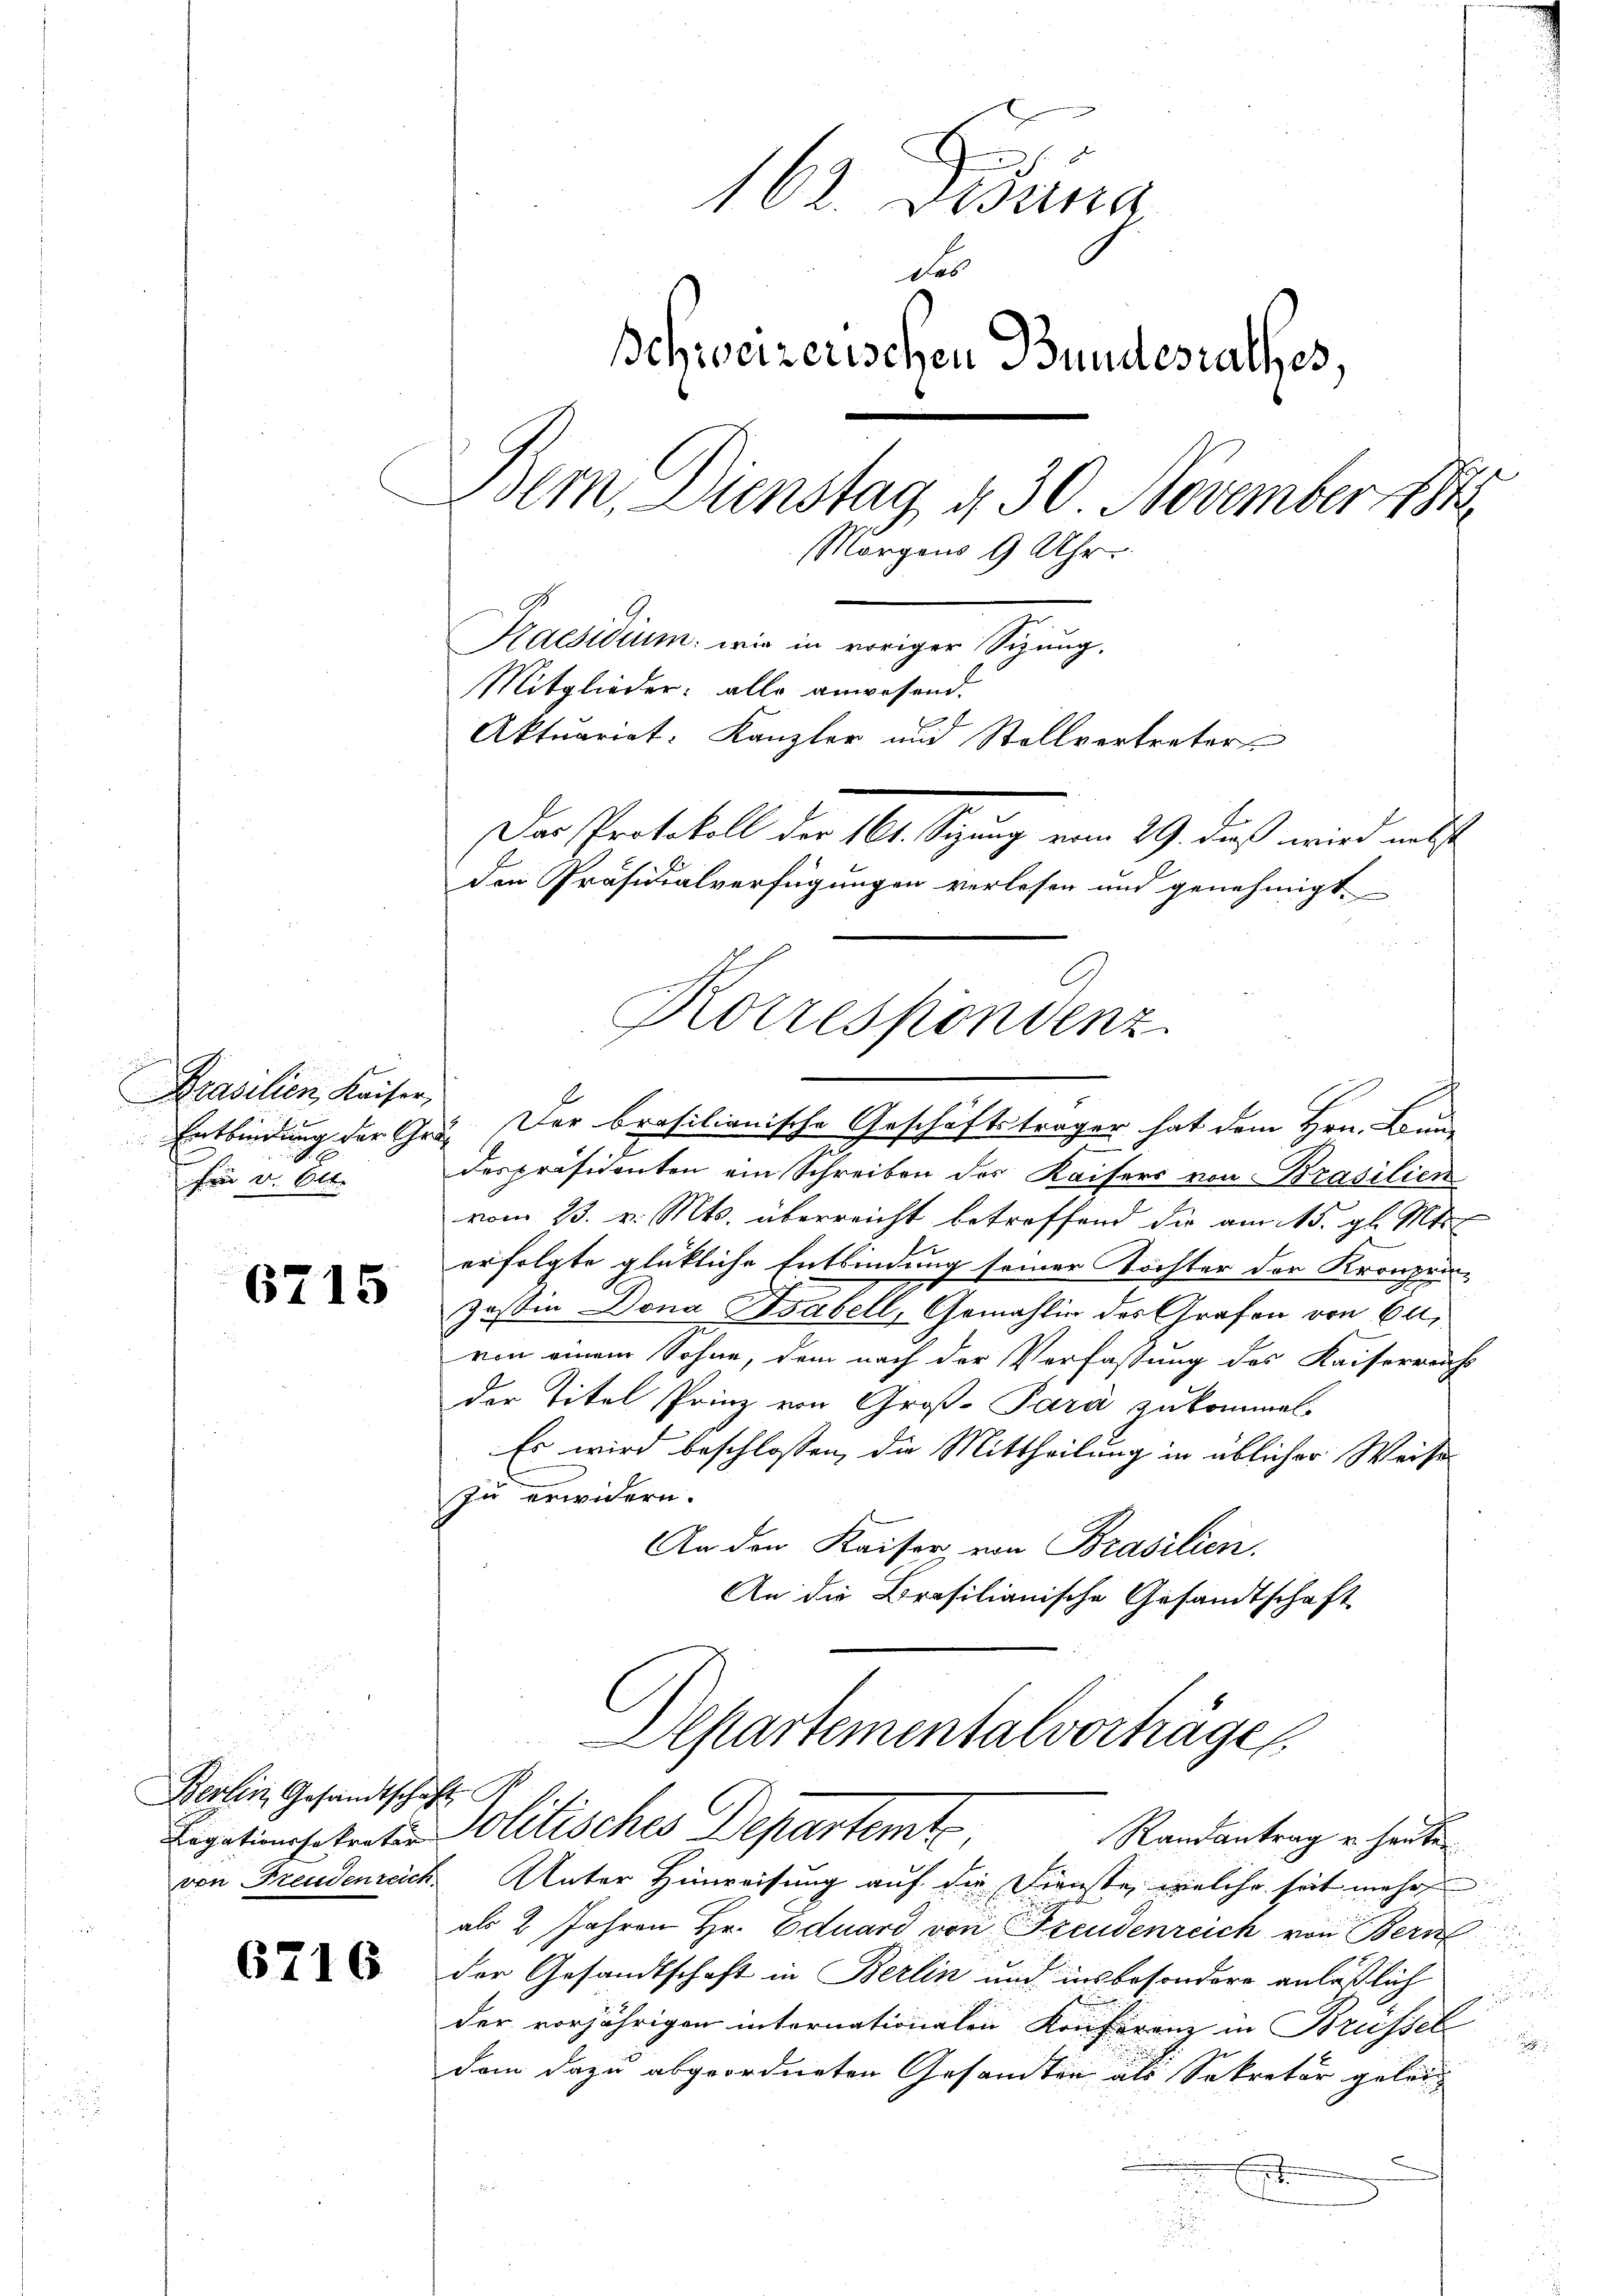
Brasilien, Kaiser,
fürr v. Ott.

6715

Berlin Gesandtschaft

6716

E
102. Dessina
des
Schweizerischen Bundesrathes,
Bem. Dienstag, d. 30. November 1848
Morgens 9 Uhr
Kaesidium, wie in voriger Sizung,
Mitglieder: alle anwesend.
Aktuariat: Kanzler und Stellvertreter
Das Protokoll der 161. Sizung vom 29. dieß wird nebst
den Präsidialverfügungen verlesen und genehmigt.
Korrespondenz

Entbindung der Ges. Der brasilionische Geschäftsträger hat dem Hrn. Land-
despräsidenten ein Schreiben des Kaisers von Brasilien
vom 23. v. Mts. überreicht betreffend die am 15. gl. Mts.
erfolgte glückliche Entbindung seiner Töchter der Kronprin-
Zastin Dona Isabell, Gemahlin des Grafen von 60,
von einem Sohne, dem nach der Verfassung des Kaiserreicht
der Titel Prinz von Groß-Para zukommen.
Es wird beschlossen, die Mittheilung in üblicher Weise
zu erwidern.
An den Kaiser von Brasilien.
An die Brasilianische Gesandtschaft
Aepartementalvorträge
Ligationssitreter Politisches Departemte
Randantrag u. heute
von Freudenzeich. Unter Hinweisung auf die Dienste, welche seit mehr
r
als 2 Jahren Hr. Eduard von Freudenreich von Bern
u
der Gesandtschaft in Berlin und insbesondere anläßlich

der vorjährigen intornationalen Konferenz in Brüssel
g
dan dazu abgeordneten Gesamten als Sekretär gelei¬
.